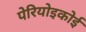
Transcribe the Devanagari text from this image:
पेरियोइकोई